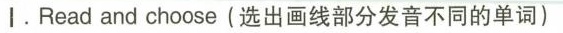
|.Read and choose(选出画线部分发音不同的单词)